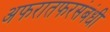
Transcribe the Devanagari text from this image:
अफरातफरसंबंधी